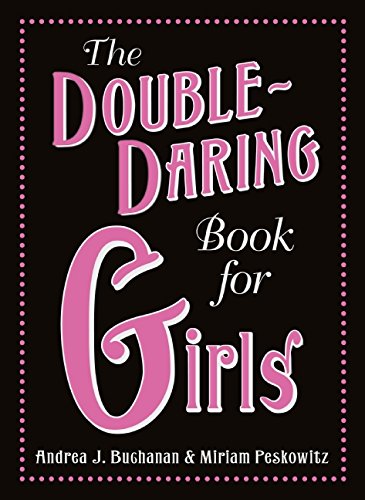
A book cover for The Double-Daring Book for Girls; Andrea J. Buchanan; Sports & Outdoors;